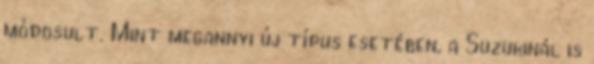
módosult. Mint megannyi új típus esetében, a Suzukinál is